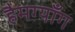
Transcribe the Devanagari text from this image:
हैमग्यॉंग